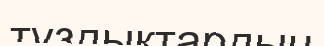
тұздықтардың